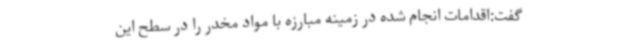
گفت:اقدامات انجام شده در زمینه مبارزه با مواد مخدر را در سطح این